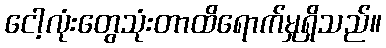
ငေါ့လုံးတွေသုံးတာထိရောက်မှုရှိသည်။